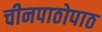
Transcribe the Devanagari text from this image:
चीनपाठोपाठ